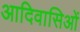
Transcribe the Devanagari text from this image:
आदिवासिओं